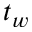
t _ { w }